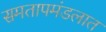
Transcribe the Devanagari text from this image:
समतापमंडलात